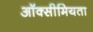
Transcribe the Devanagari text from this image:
ऑक्सीमियता